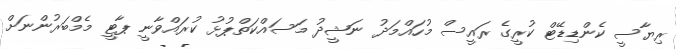
ރިޔާސީ ކެންޑިޑޭޓް ކުރީގެ ރައީސް މުހައްމަދު ނަޝީދު މަސައްކަތްޕުޅު ކުރައްވާނީ ޕާޓީ މެމްބަރުންނަށް